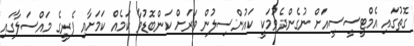
ގޮތުގައި އެމްޓީސީސީއަށް ނުގެންދެވުމަކީ ކައުންސިލުން ވަރަށް ކަންބޮޑުވާ ކަމެއް ކަމަށާއި ފެރީގެ މައްސަލާގައި